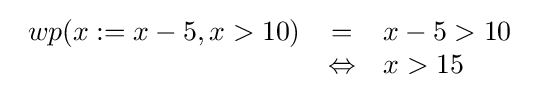
{\begin{array}{rcl}wp(x:=x-5,x>10)&=&x-5>10\\&\Leftrightarrow &x>15\end{array}}